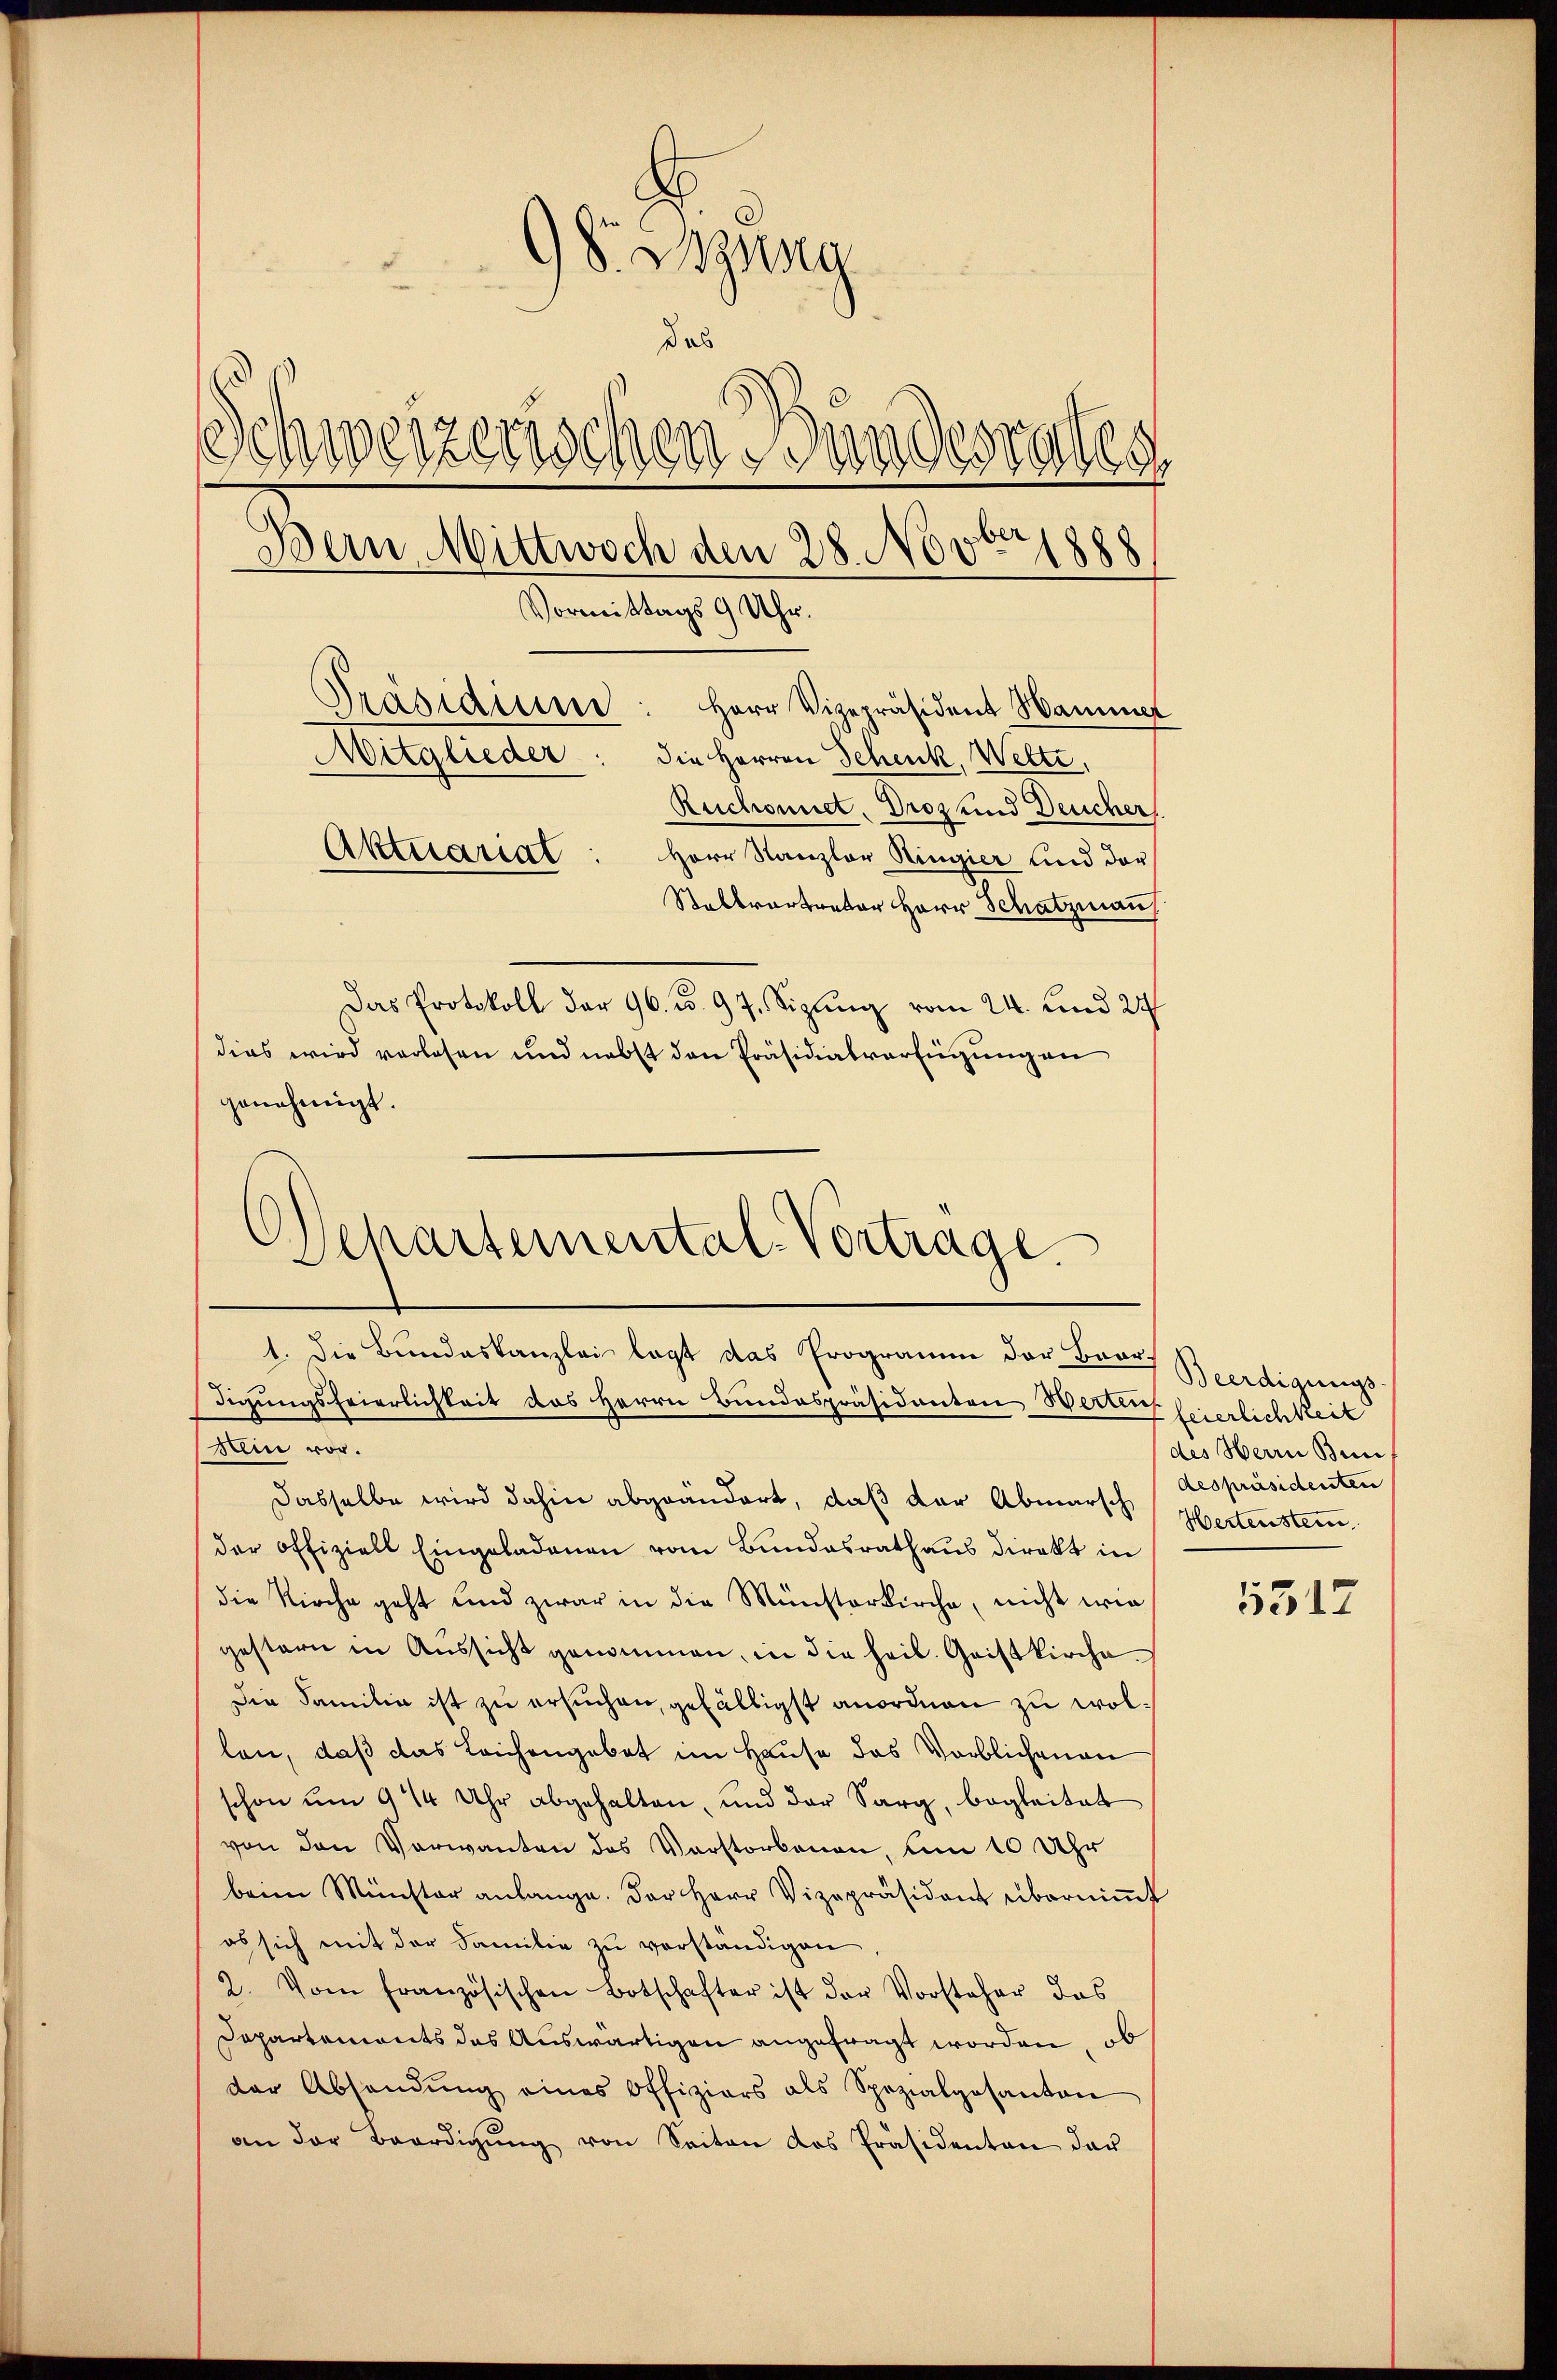
S. Bzng
das
Schweizerischen Bundesrates
Bern, Mittwoch den 28. Novbr 1888
8
Vormittags 9 Uhr.
Präsidium
Herr Vizepräsident Wammer
Mitglieder: die Herren Schenk, Welte,
Ruchonnet. Droz und Deucher,
Aktuariat
Herr Kanzler Ringier und der
Stellvertrator Herr Schatzman
Das Protokoll der 96. d. 97. Sizung vom 24. und 24
dies wird vorlesen und nebst den Präsidialverfügung an

Ochartemental-Vortrage

genehmigt.

1. Die Bundeskanzlei legt das Programm der Baardigungsfeierlichkeit des Herrn Bundespräsidenten Werten feierlichkeit
sein vor.
dasselbe wird dahin abgeändert, daß der Abmarsch
der Offiziell Eingeladenen vom Bundesrathaus direkt in
die Kirche geht und zwar in die Münsterkirche, nicht wie
gestern in Aŭssicht genommen, in die heil. Geistkirche
die Familia ist zu ersuchen, gefälligst anordnen zu wollen, daß das Leichengebet im Hause das Verblichenen
schon um 9 1/4 Uhr abgehalten, und der Sarg, begleitet
von den Verwanten das Verstorbenen, um 10 Uhr
beim Münster anlange. Der Herr Vizepräsident überniṁt
ob sich mit der Familie zu verständigen
2. Vom französischen Botschafter ist der Vorsteher das
Dapartements das Auswärtigen angefragt worden, ob
der Absendŭng eines Offiziers als Spezialgesanton
an der Beerdigŭng von Seiten das Präsidenten der

Beerdigungs-
des Herrn Bun
despräsidenten
Hertenstein

5517